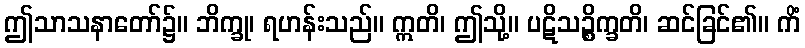
ဤသာသနာတော်၌။ ဘိက္ခု၊ ရဟန်းသည်။ ဣတိ၊ ဤသို့။ ပဋိသဉ္စိက္ခတိ၊ ဆင်ခြင်၏။ ကိံ